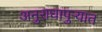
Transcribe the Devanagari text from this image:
अनुराधापुऱ्यात